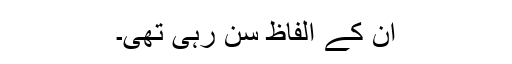
ان کے الفاظ سن رہی تھی۔